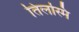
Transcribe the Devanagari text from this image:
तिलस्मि